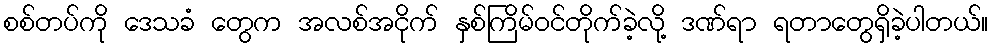
စစ်တပ်ကို ဒေသခံ တွေက အလစ်အငိုက် နှစ်ကြိမ်ဝင်တိုက်ခဲ့လို့ ဒဏ်ရာ ရတာတွေရှိခဲ့ပါတယ်။